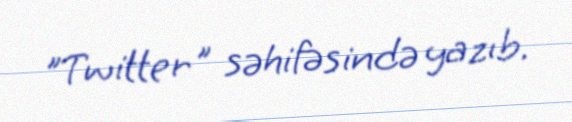
"Twitter" səhifəsində yazıb.